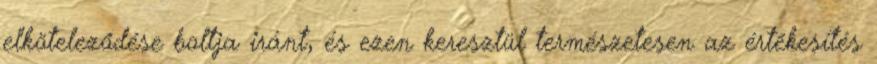
elköteleződése boltja iránt, és ezen keresztül természetesen az értékesítés